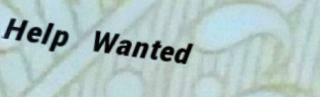
Help Wanted